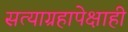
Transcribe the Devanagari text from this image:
सत्याग्रहापेक्षाही